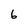
Character: 6